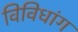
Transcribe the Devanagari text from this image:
विविधांग